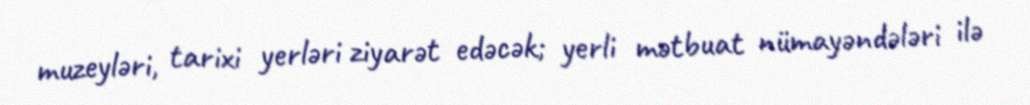
muzeyləri, tarixi yerləri ziyarət edəcək; yerli mətbuat nümayəndələri ilə